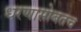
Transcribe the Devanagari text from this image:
धरणासोबतच